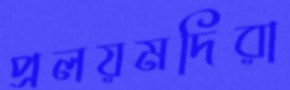
প্রলয়মদিরা